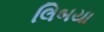
લિબયા